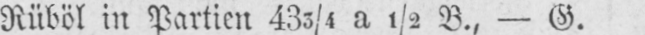
Rüböl in Partien 433/4 a ½ B., - G.